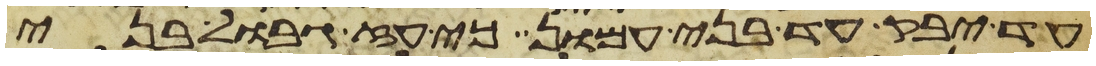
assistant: עד יבק עד בני עמון כי עז גבול בני